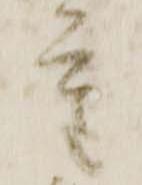
重